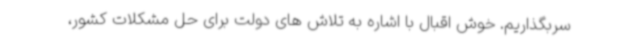
سربگذاریم. خوش اقبال با اشاره به تلاش های دولت برای حل مشکلات کشور،